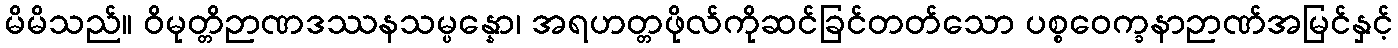
မိမိသည်။ ဝိမုတ္တိဉာဏဒဿနသမ္ပန္နော၊ အရဟတ္တဖိုလ်ကိုဆင်ခြင်တတ်သော ပစ္စဝေက္ခနာဉာဏ်အမြင်နှင့်